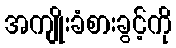
အကျိုးခံစားခွင့်ကို